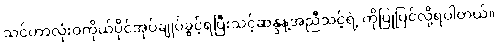
သင်ဟာလုံးဝကိုယ်ပိုင်အုပ်ချုပ်ခွင့်ရပြီးသင့်ဆန္ဒနဲ့အညီသင့်ရဲ့ ကိုပြုပြင်လို့ရပါတယ်။